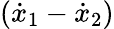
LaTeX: ({\dot{x}}_{1}-{\dot{x}}_{2})